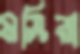
মসিনা